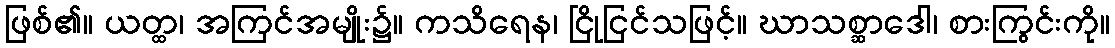
ဖြစ်၏။ ယတ္ထ၊ အကြင်အမျိုး၌။ ကသိရေန၊ ငြိုငြင်သဖြင့်။ ဃာသစ္ဆာဒေါ၊ စားကြွင်းကို။